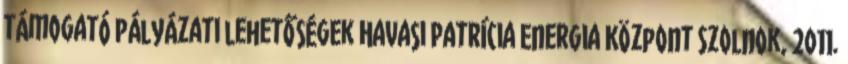
támogató pályázati lehetőségek Havasi Patrícia Energia Központ Szolnok, 2011.